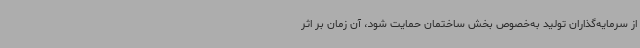
از سرمایه‌گذاران تولید به‌خصوص بخش ساختمان حمایت شود، آن زمان بر اثر